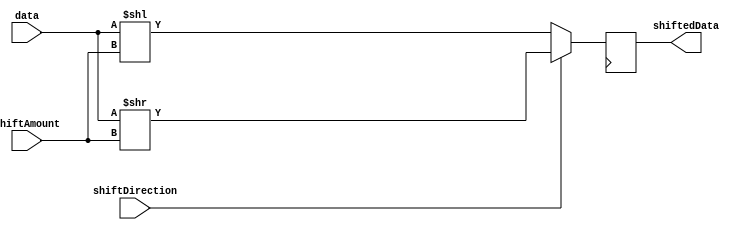
module BarrelShifter (
    input [7:0] data,
    input [3:0] shiftAmount,
    input shiftDirection,
    output reg [7:0] shiftedData
);

always @ (posedge clk) begin
    if (shiftDirection == 0) begin
        shiftedData <= data << shiftAmount;
    end else begin
        shiftedData <= data >> shiftAmount;
    end
end

endmodule